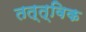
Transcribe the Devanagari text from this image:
तत्त्विक